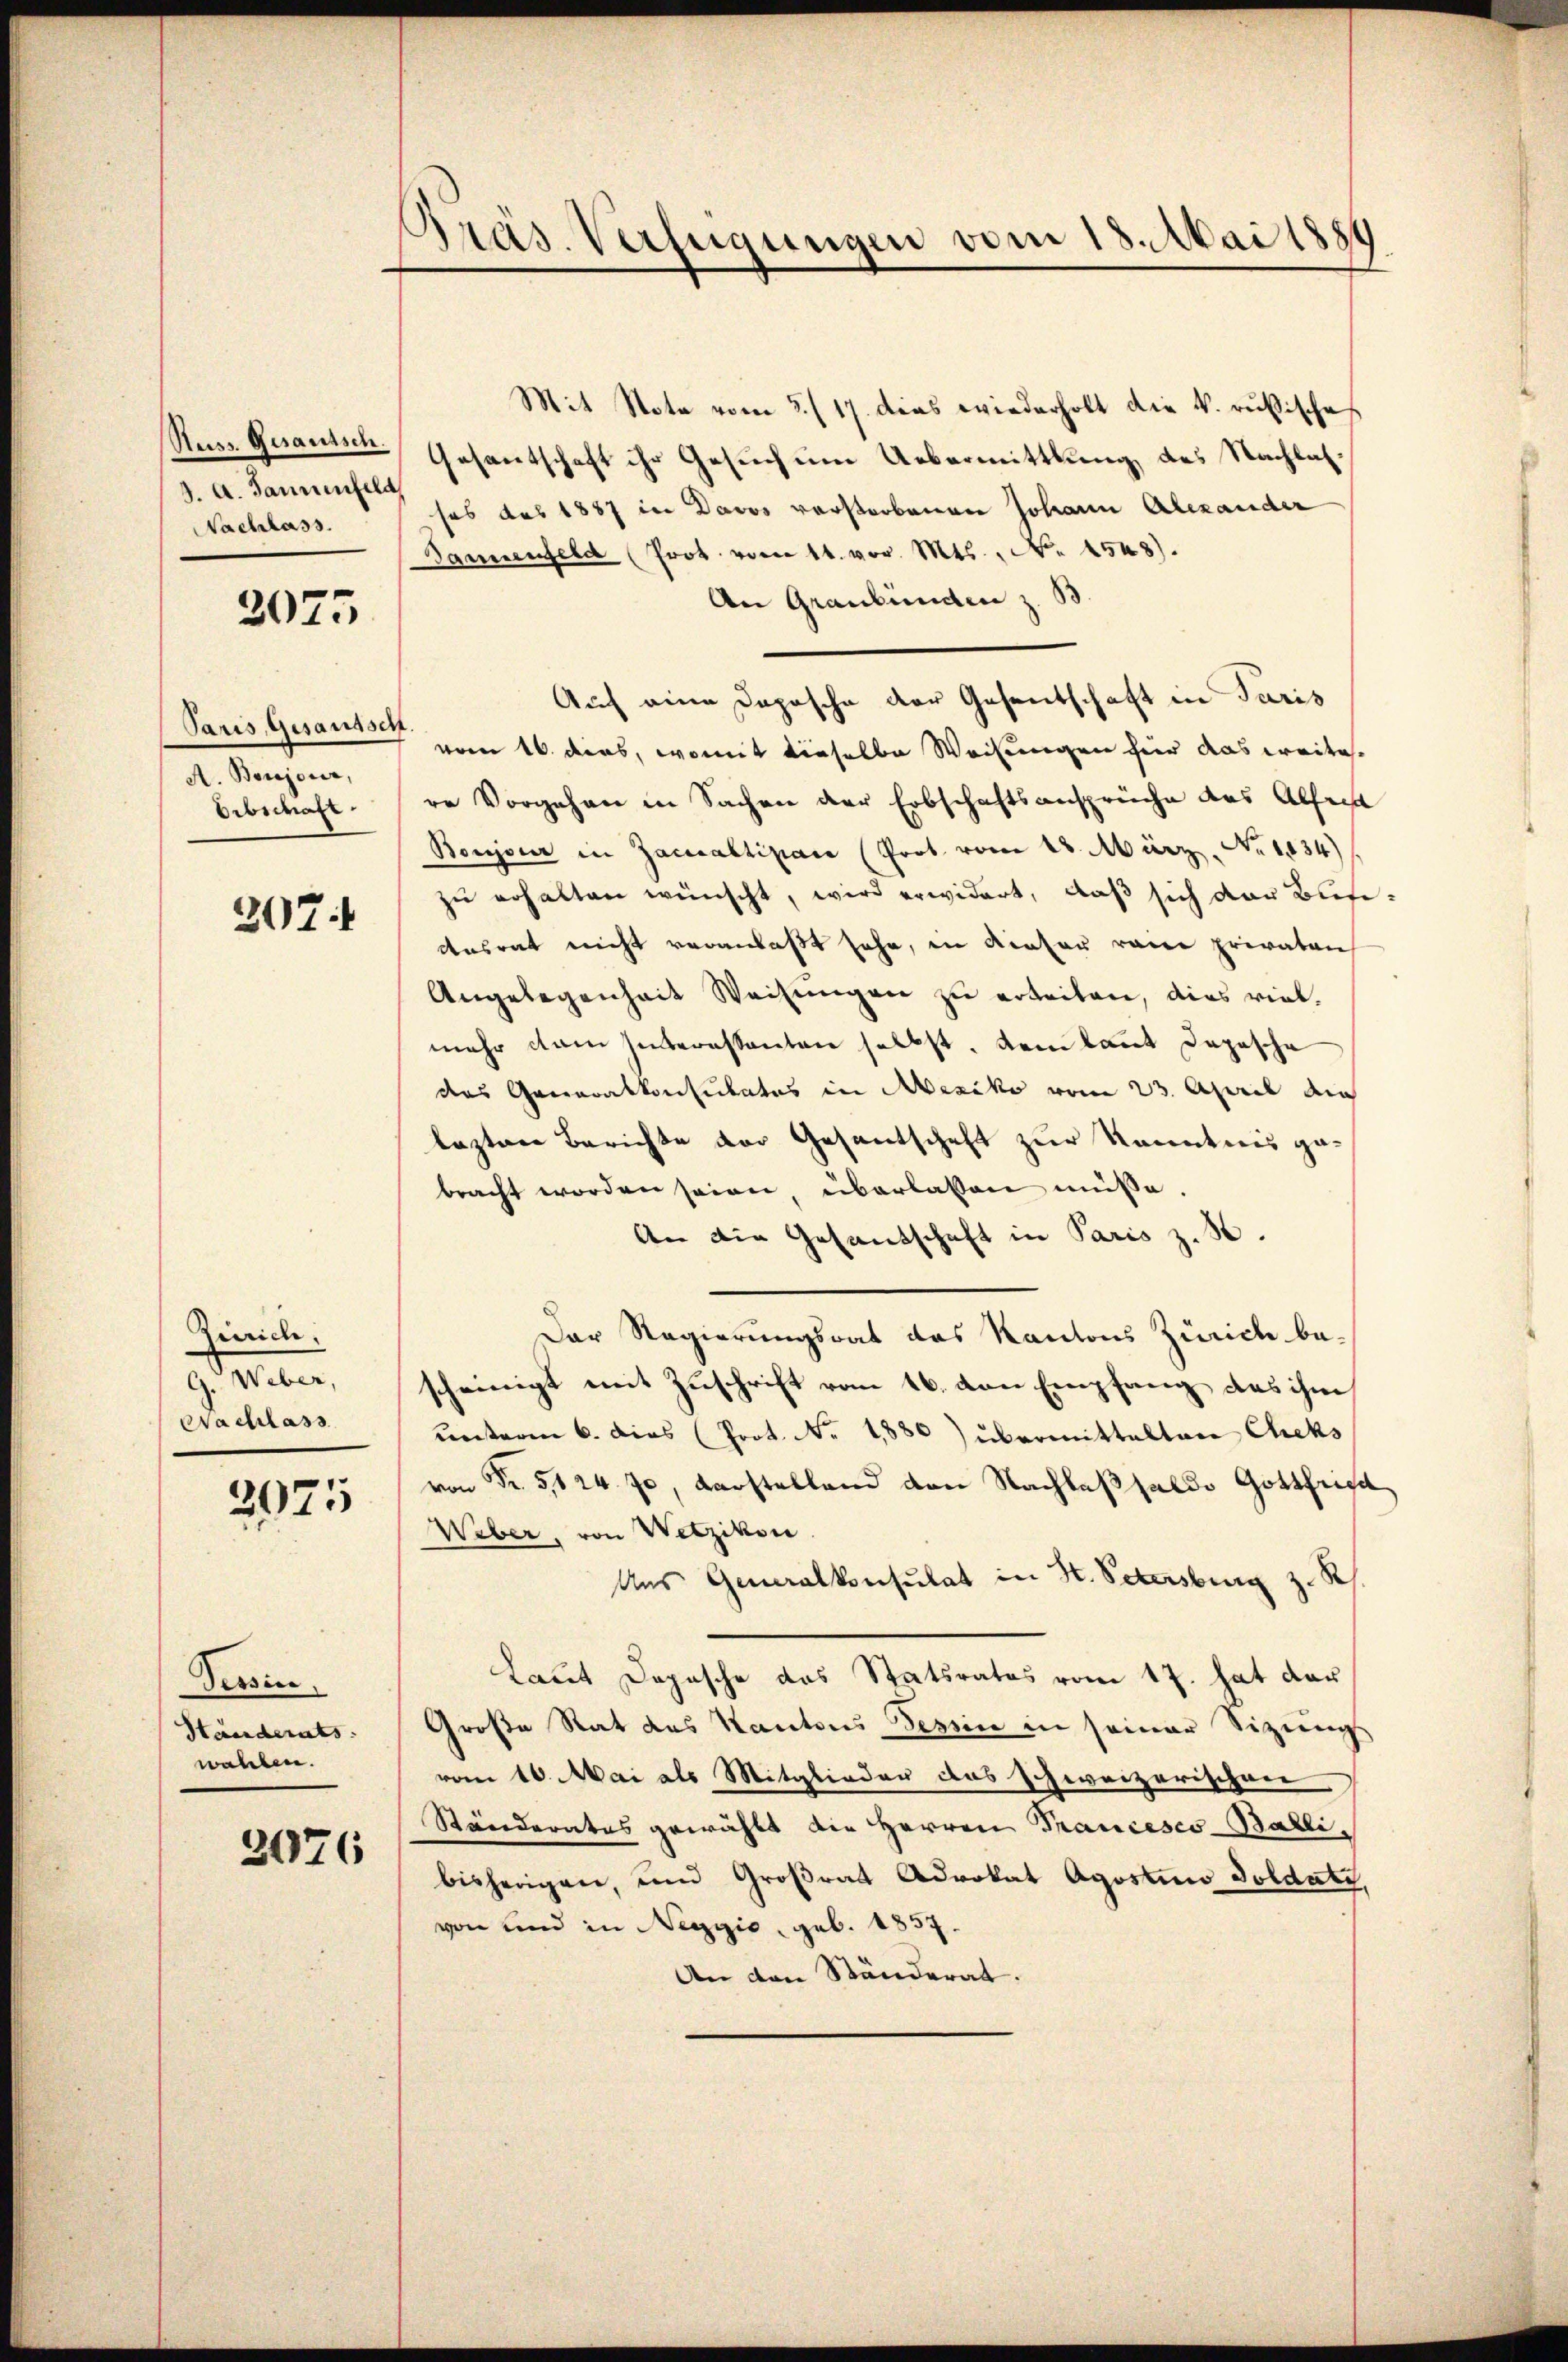
Russ. Gesamtsch.
d. A. Jannenfeld,
Nachlass.

2075

Paris, Gesandsch
A. Boujour,
Erbschaft.

207

Zürich.
G. Weber,
Nachlass

2075

Tessin,
Händerats.
wahlen.

3076

Präs. Verfügungen vom 18. Mai 1889

Mit Note vom 5./17. dies wiederholt die k. rußisches
Gesantschaft ihr Gesuch um Uebermittlung des Nachlassos aus 1887 in Davos verstorbenen Johann Alexander
Sannenfeld (Prot. vom 14. vor. Mts., No 1548).
An Graubünden z. B.
Auch eine Daposche der Gesentschaft in Paris
vom 16. dies, womit dieselbe Weisungen hier das weitere Vorgehen in Sachen der Erbschaftsansprüche des Alfred
Boujour in Zacualtipace (Prot. vom 13. März. No. 1834)
zu erhalten wünscht, wird erwidert, daß sich der Blesi¬
Ausrat nicht veranlaßt sehe, in dieser reue privaten
Angelegenheit Weisungen zu erbeiten, dies viel-
mehr dem Interessanten selbst. Dem laut Depesche
das Generalkonsulates in Mesiko vom 23. April au
lezten Berichte der Gesantschaft zur Kenntnis gebracht worden seien, überlassen müsse.
An die Gesandschaft in Paris z. B.
Der Regierungsrat das Kantons Zürich bescheinigt mit Zuschrift vom 16. von Empfang das ihm
ŭnterm 6. dies (Prot. No. 1880) übermittelten Cheks
von Fr. 5124. Ja, Darstellend von Nachlaßsaldo Gottfried
Weber, von Wetzikon.
Aus Generalkonsulat in H. Petersburg z. R
Laut Depesche das Statsrates vom 17. hat der
Große Rat des Kantons Tessin in seiner Sitzungs
vom 16. Mai als Mitglieder das schweizerischen
Ständerates gewählt die Herren Prancesco-Ballibisherigen, und Großrat Advokat Agostum Soldatz,
von und in Neggio, geb. 1857.
An den Ständerat.